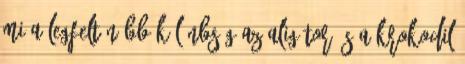
Mi a legfeltűnőbb különbség az aligátor és a krokodil